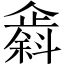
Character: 𫿸